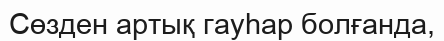
Сөзден артық гауһар болғанда,